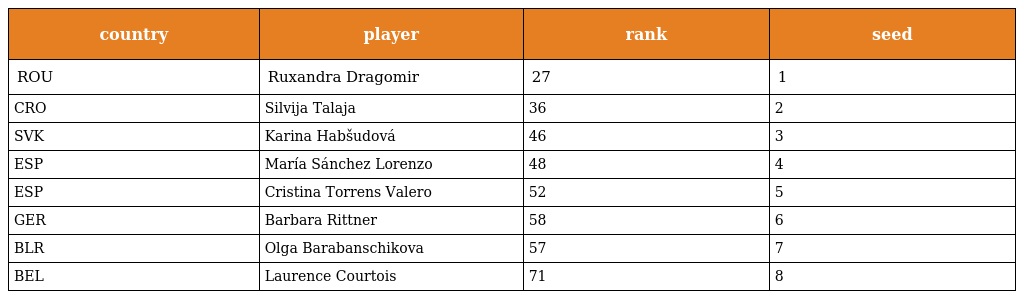
| country | player | rank | seed |
 | --- | --- | --- | --- |
 | ROU | Ruxandra Dragomir | 27 | 1 |
 | CRO | Silvija Talaja | 36 | 2 |
 | SVK | Karina Habšudová | 46 | 3 |
 | ESP | María Sánchez Lorenzo | 48 | 4 |
 | ESP | Cristina Torrens Valero | 52 | 5 |
 | GER | Barbara Rittner | 58 | 6 |
 | BLR | Olga Barabanschikova | 57 | 7 |
 | BEL | Laurence Courtois | 71 | 8 |